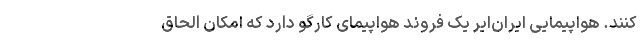
کنند. هواپیمایی ایران‌ایر یک فروند هواپیمای کارگو دارد که امکان الحاق